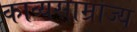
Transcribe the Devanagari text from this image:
काव्यसाम्राज्य